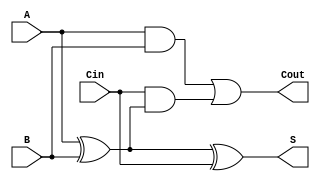
module full_adder (
    input wire A,      // First binary input
    input wire B,      // Second binary input
    input wire Cin,    // Carry-in input
    output wire S,     // Sum output
    output wire Cout   // Carry-out output
);

// Behavioral description of the full adder
assign S = A ^ B ^ Cin; // Sum is the XOR of A, B, and Cin
assign Cout = (A & B) | (Cin & (A ^ B)); // Carry-out is determined by majority function

endmodule